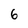
Character: 6